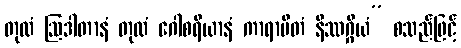
တုလံ ဩဒါတာနံ တုလံ ဂေါစရိယာနံ ကာရာပိတံ နိဿဂ္ဂိယံ” စသည်ဖြင့်